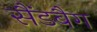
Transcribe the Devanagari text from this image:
सैंडबैग